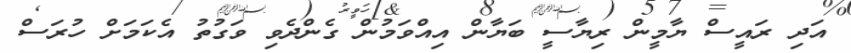
އަދި ރައީސް ޔާމީން ރިޔާސީ ބަޔާން އިއްވަމުން ގެންދެވި ވަގުތު އެކަމަށް ހުރަސް